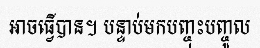
អាចធ្វើបាន។ បន្ទាប់មកបញ្ចុះបញ្ចូល